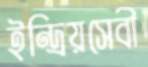
ইন্দ্রিয়সেবী